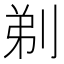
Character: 剃